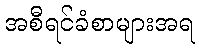
အစီရင်ခံစာများအရ